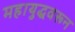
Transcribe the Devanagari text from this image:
महायुद्धवरून